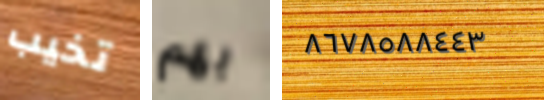
تخيب بهم ٨٦٧٨٥٨٨٤٤٣